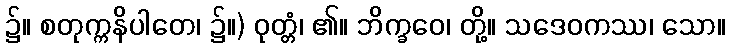
၌။ စတုက္ကနိပါတေ၊ ၌။) ဝုတ္တံ၊ ၏။ ဘိက္ခဝေ၊ တို့။ သဒေဝကဿ၊ သော။